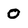
Character: O